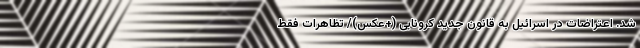
شد. اعتراضات در اسرائیل به قانون جدید کرونایی (+عکس)/ تظاهرات فقط